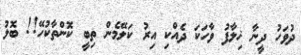
ދުވަހު ދީނާ ޚިލާފު ވާހަކަ ދެއްކި އިރު ކަލޭމެން ތިބީ ކޮންތާކުހޭ!! ބޮލު